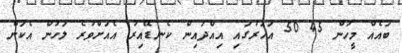
ބައެއް މީހުން 45 50 އަހަރުގައި އިއްދައިން ކެނޑޭއިރު އެއަށްވުރެ ލަހުން އެކަން